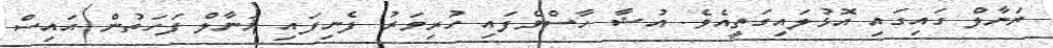
ޔަނާލް ގައިގައި އޮޅުލައިގަތީއެވެ. އުޝާ ހާސްވެފައި ހުރިވަރު ފެނިފައި ޔަނާލް ފަހަތުން އައިސް